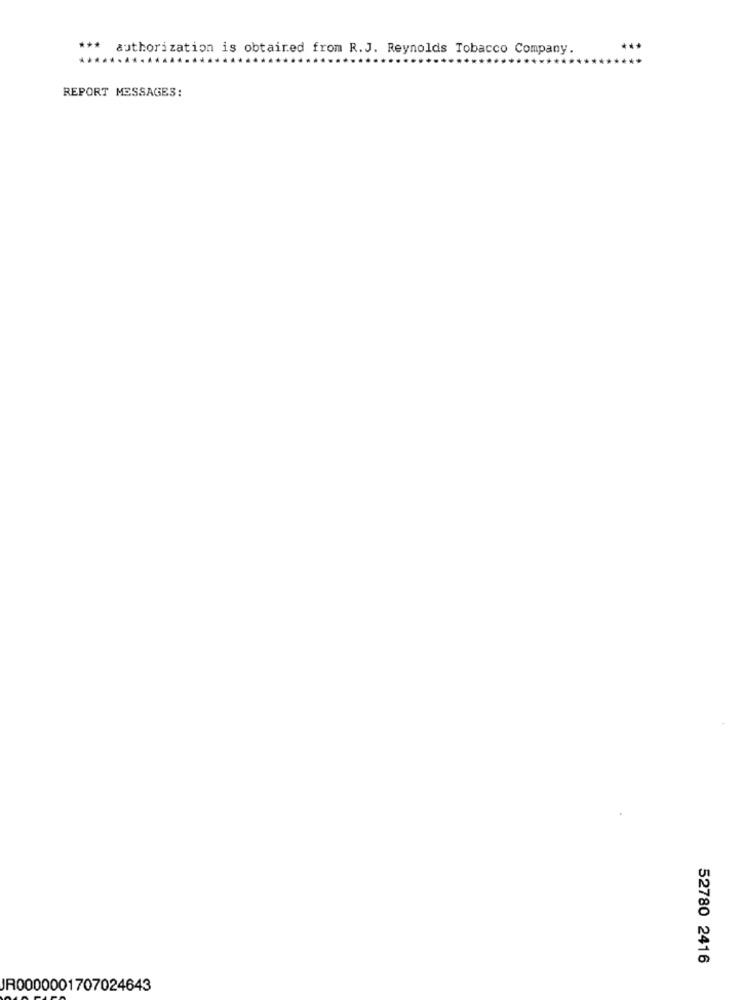
*** authorization is obtained from R.J. Reynolds Tobacco Company.
***
.....
REPORT MESSAGES:
52780 2416
JR0000001707024643